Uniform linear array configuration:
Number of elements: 48
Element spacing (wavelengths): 0.5
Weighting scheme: blackman
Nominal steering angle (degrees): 15
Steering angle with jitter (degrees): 16.532
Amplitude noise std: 0.05
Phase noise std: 0.05

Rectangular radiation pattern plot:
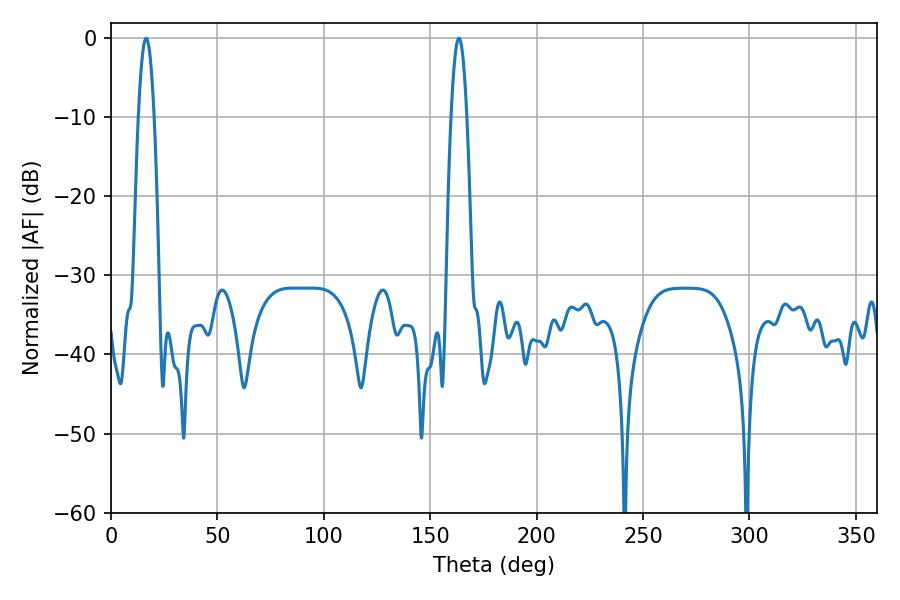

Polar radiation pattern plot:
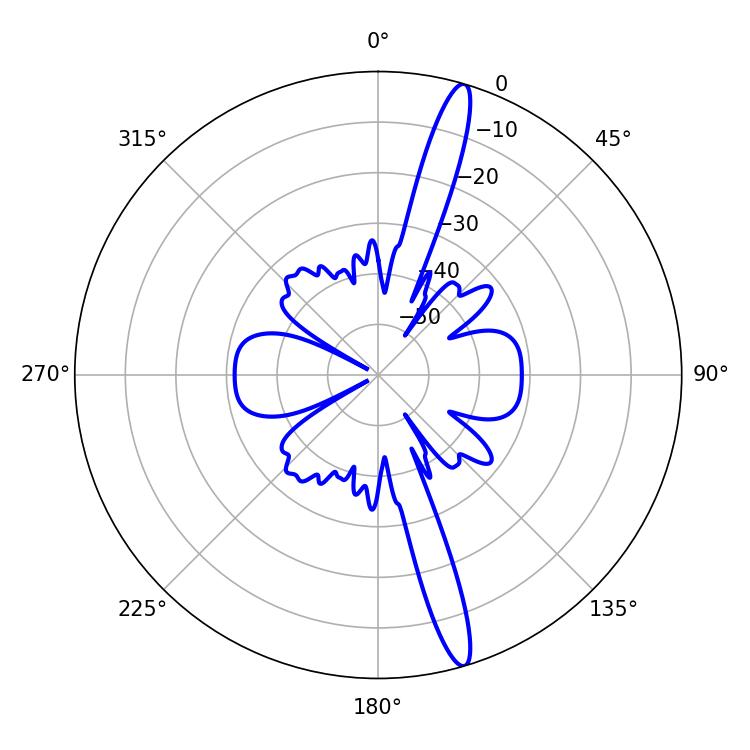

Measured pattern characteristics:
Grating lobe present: FALSE
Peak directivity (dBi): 16.589
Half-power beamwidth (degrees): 3.96
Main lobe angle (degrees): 16.56